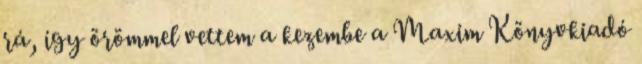
rá, így örömmel vettem a kezembe a Maxim Könyvkiadó